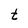
Character: t